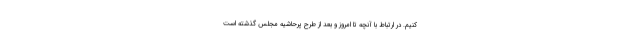
کنیم. در ارتباط با آنچه تا امروز و بعد از طرح پرحاشیه مجلس گذشته است